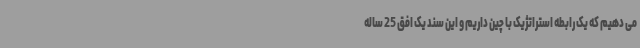
می دهیم که یک رابطه استراتژیک با چین داریم و این سند یک افق 25 ساله